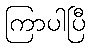
ကြာပါပြီ